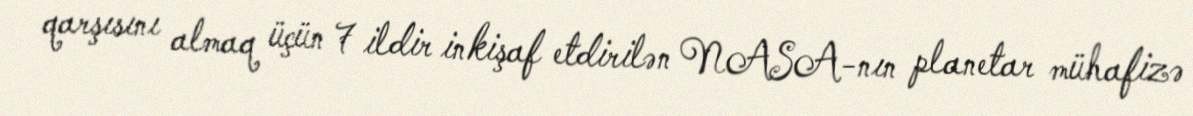
qarşısını almaq üçün 7 ildir inkişaf etdirilən NASA-nın planetar mühafizə